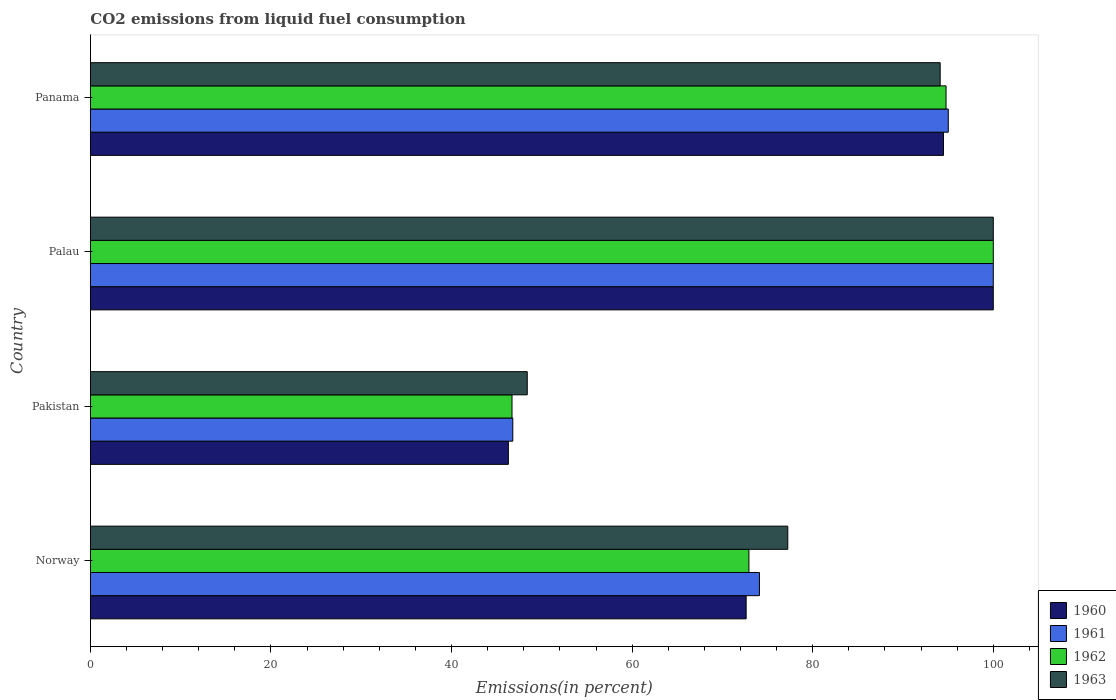
| Country | 1960 | 1961 | 1962 | 1963 |
 | --- | --- | --- | --- | --- |
 | Norway | 72.6 | 74.1 | 72.9 | 77.2 |
 | Pakistan | 46.3 | 46.8 | 46.7 | 48.4 |
 | Palau | 100 | 100 | 100 | 100 |
 | Panama | 94.5 | 95 | 94.8 | 94.1 |